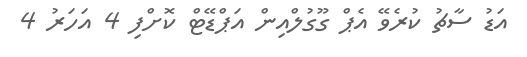
އަޑު ސާޗު ކުރެވޭ އެޕް ގޫގުލްއިން އަޕްޑޭޓް ކޮށްފި 4 އަހަރު 4